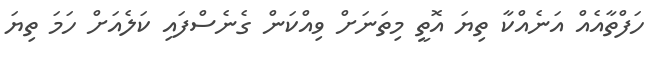
ހަފްތާއެއް އަނެއްކާ ތިޔަ އޮތީ މިތަނަށް ވިއްކަން ގެނެސްފައި ކަލެއަށް ހަމަ ތިޔަ